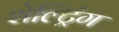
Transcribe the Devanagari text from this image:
शेल्ट्रिंग